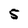
Character: 5